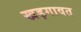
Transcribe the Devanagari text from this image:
खड़गावत